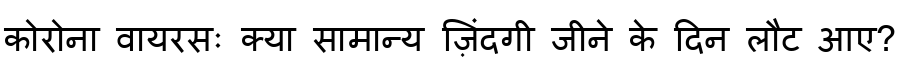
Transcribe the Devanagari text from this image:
कोरोना वायरसः क्या सामान्य ज़िंदगी जीने के दिन लौट आए?